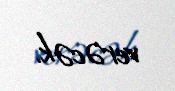
verəcək.